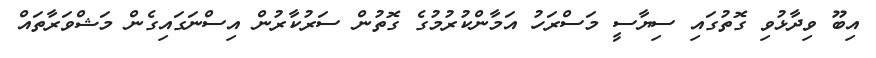
އިބޫ ވިދާޅުވި ގޮތުގައި ސިޔާސީ މަސްރަހު އަމާންކުރުމުގެ ގޮތުން ސަރުކާރުން އިސްނަގައިގެން މަޝްވަރާތައް